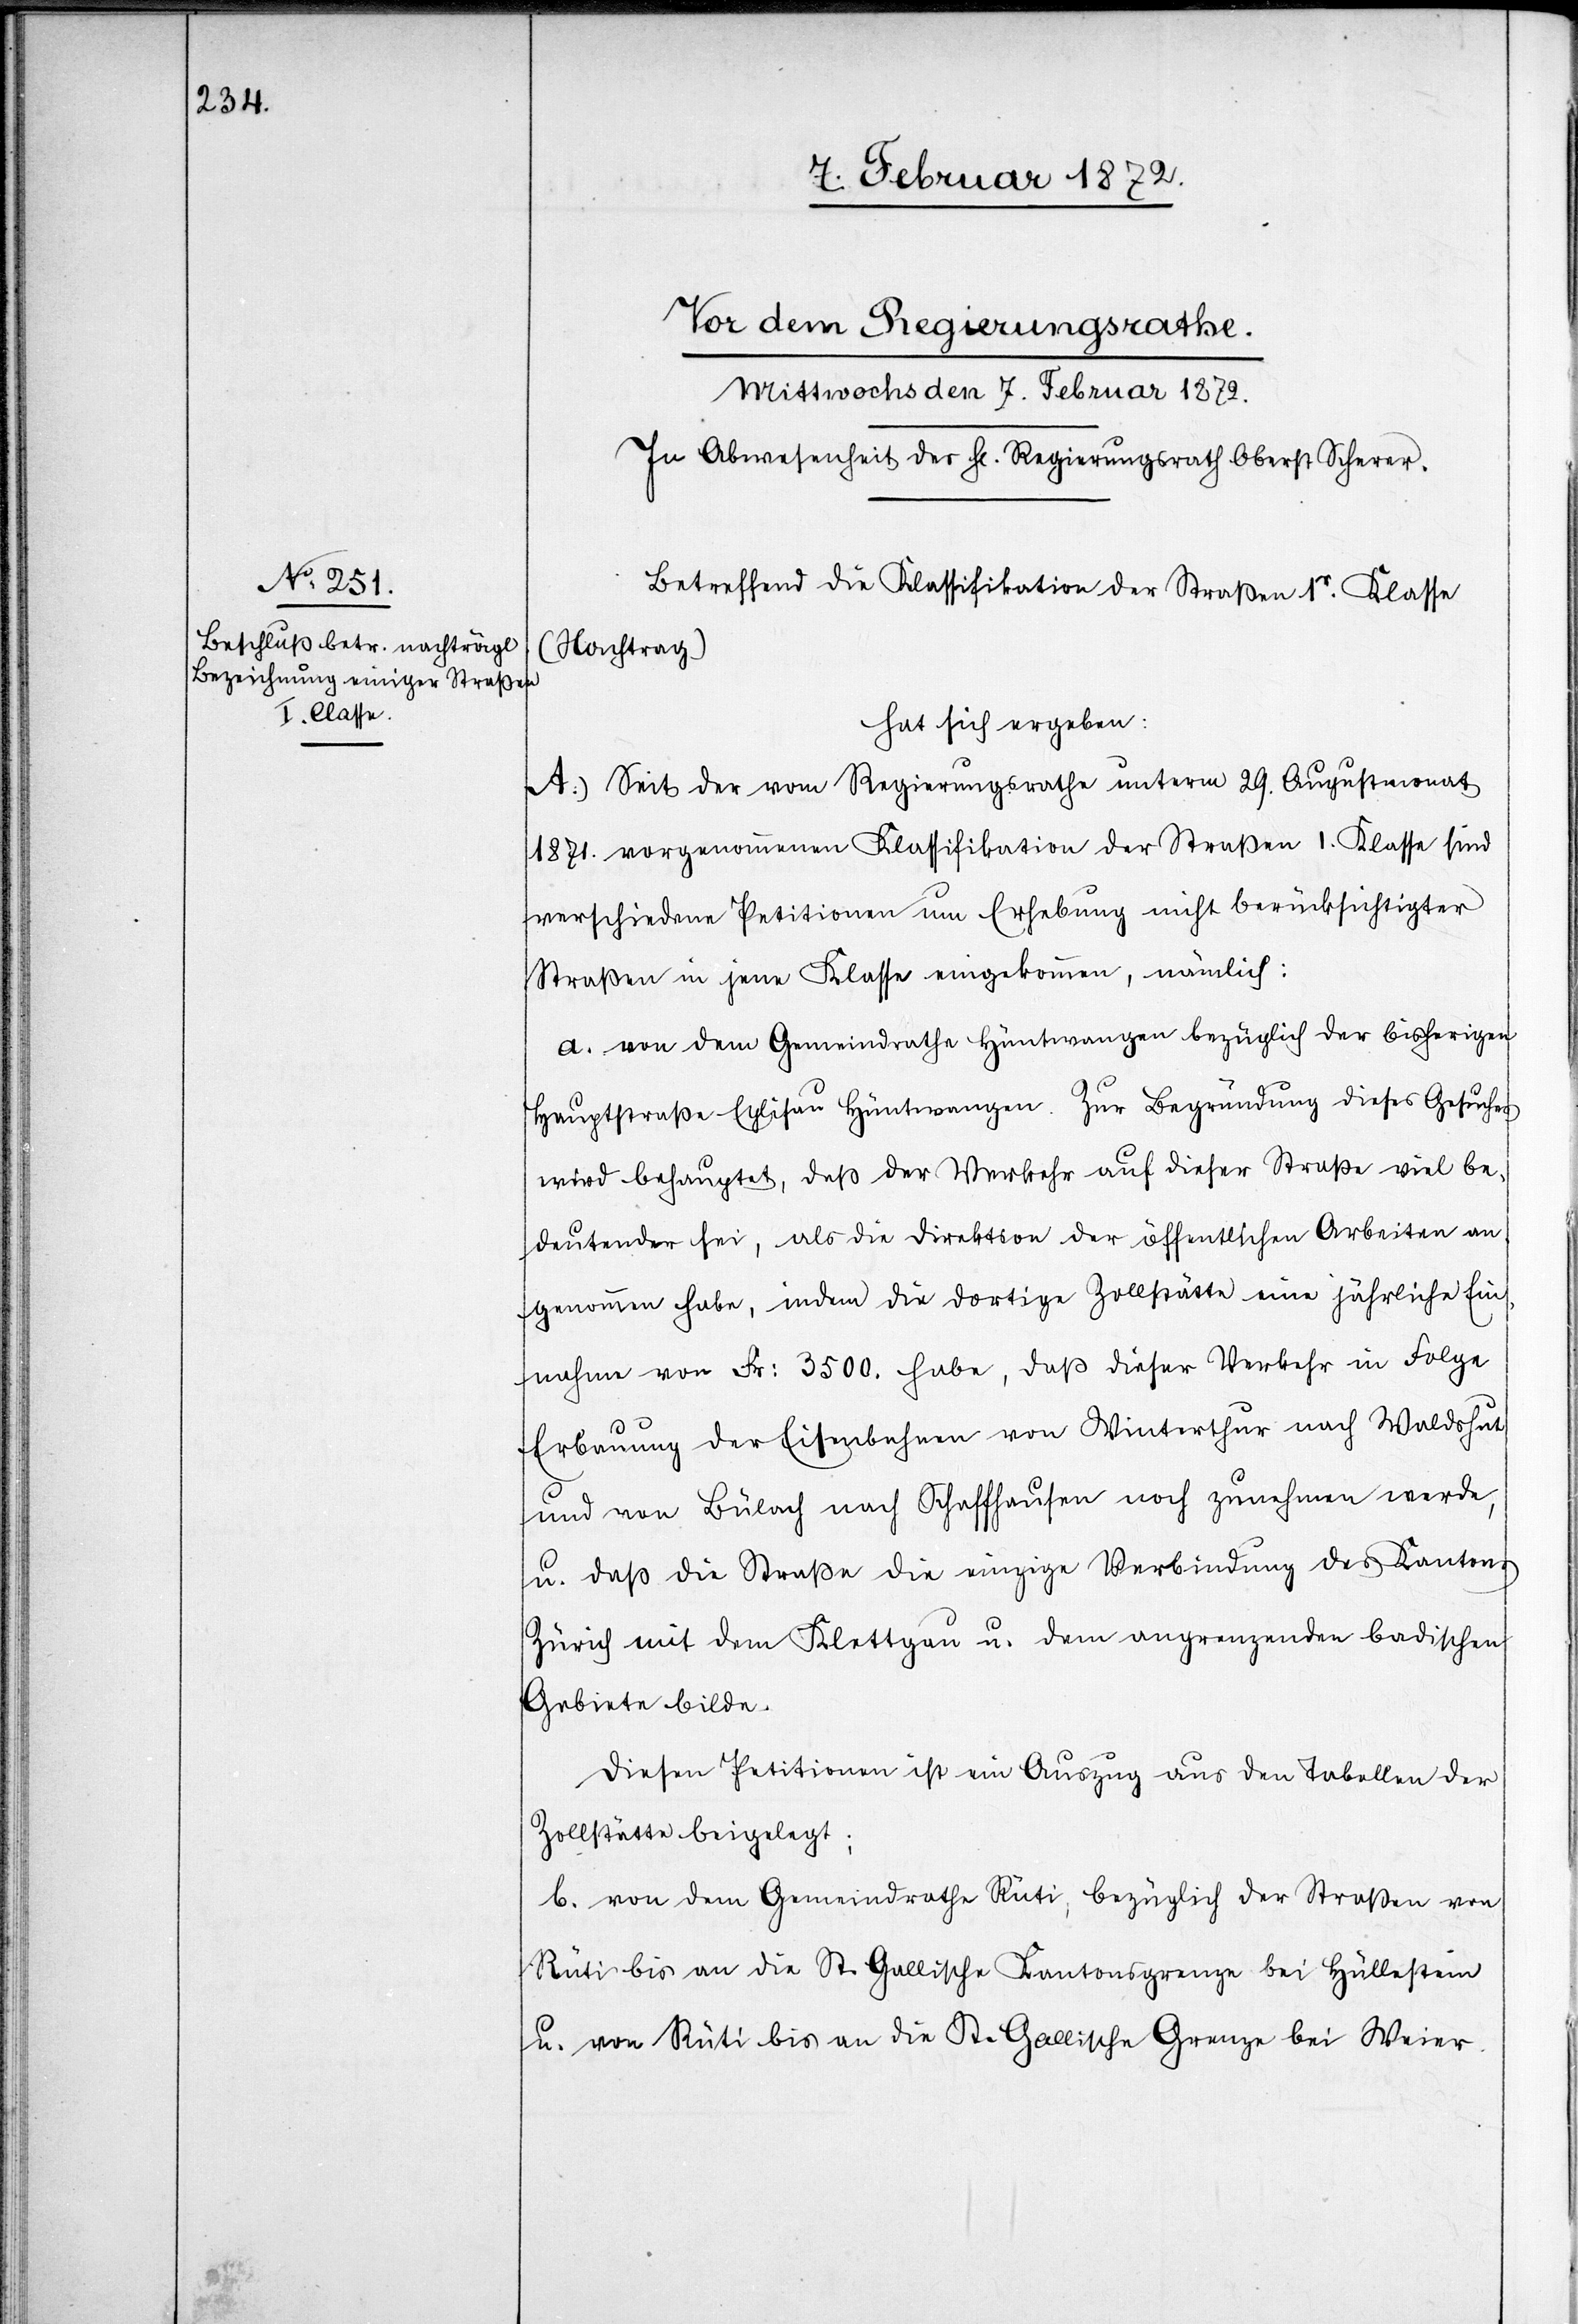
Betreffend die Klassifikation der Straßen 1r. Klasse
(Nachtrag)
hat sich ergeben:
A.) Seit der vom Regierungsrathe unterm 29. Augustmonat
1871. vorgenommenen Klassifikation der Straßen I. Klasse sind
verschiedene Petitionen um Erhebung nicht berücksichtigter
Straßen in jene Klasse eingekommen, nämlich:
a. von dem Gemeindrathe Hüntwangen bezüglich der bisherigen
Hauptstraße Eglisau Hüntwangen. Zur Begründung dieses Gesuches
wird behauptet, daß der Verkehr auf dieser Straße viel be¬
deutender sei, als die Direktion der öffentlichen Arbeiten an¬
genommen habe, in dem die dortige Zollstätte eine jährliche Ein¬
nahme von Fr. 2500. habe, daß dieser Verkehr in Folge
Erbauung der Eisenbahnen von Winterthur nach Waldshut
und von Bülach nach Schaffhausen noch zunehmen werde,
u. daß die Straße die einzige Verbindung des Kantons
Zürich mit dem Klettgau u. dem angrenzenden badischen
Gebiete bilde.
Diesen Petitionen ist ein Auszug aus den Tabellen der
Zollstätte beigelegt;
b. von dem Gemeindrathe Rüti, bezüglich der Straßen von
Rüti bis an die St. Gallische Kantonsgrenze bei Hüllestein
u. von Rüti bis an die St. Gallische Grenze bei Weier.